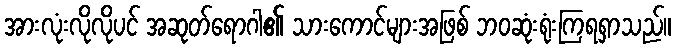
အားလုံးလိုလိုပင် အဆုတ်ရောဂါ၏ သားကောင်များအဖြစ် ဘဝဆုံးရုံးကြရရှာသည်။